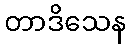
တာဒိသေန